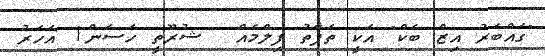
"ގައްބަރު އިޒް ބެކް" އަކީ ތަފާތު ފިލްމެއް  ޝުރޫތީ ހަސަން1 އަހަރު